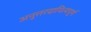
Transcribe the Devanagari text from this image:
अनुत्तरदायित्वपूर्ण